Civil Veterinary Department Bengal reports 1933-51 - 1933-1951
Year: 1933
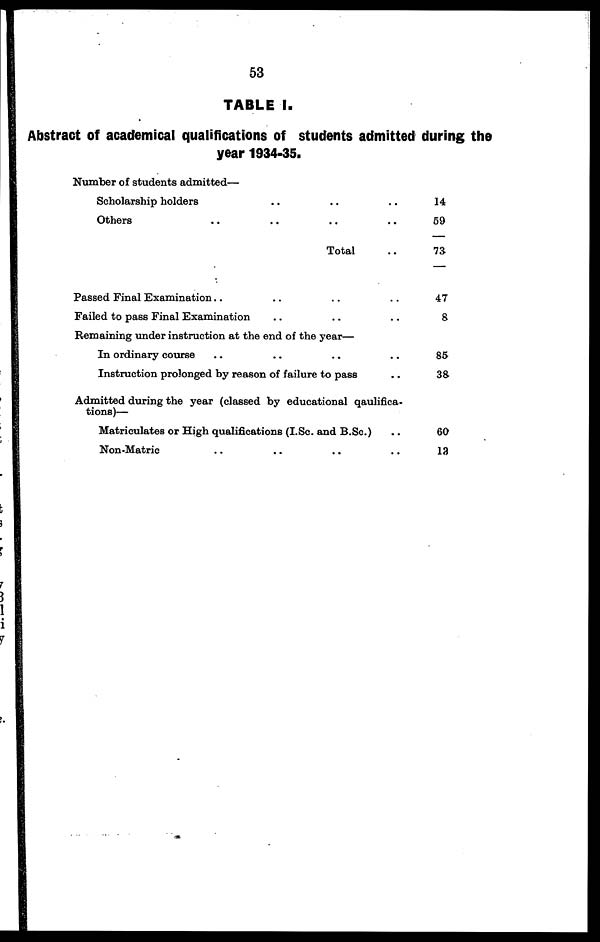
53
TABLE I.
Abstract of academical qualifications of students admitted during the
year 1934-35.
Number of students admitted—
Scholarship holders .. .. ..
Others .. .. .. ..
Total ..
Passed Final Examination .. .. .. ..
Failed to pass Final Examination .. .. ..
Remaining under instruction at the end of the year—
In ordinary course .. .. ..
Instruction prolonged by reason of failure to pass ..
Admitted during the year (classed by educational qaulifica-
tions)—
Matriculates or High qualifications (I.Sc. and B.Sc.)..
Non-Matric .. .. .. ..
14
69
73
47
8
85
38
60
13